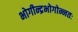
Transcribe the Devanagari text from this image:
भोगीन्द्रभोगोन्नतः